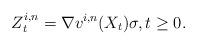
LaTeX: \begin{align*}Z^{i,n}_t = \nabla v^{i,n}(X_t) \sigma, t \geq 0.\end{align*}